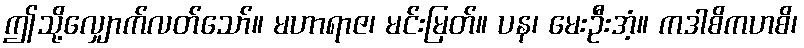
ဤသို့လျှောက်လတ်သော်။ မဟာရာဇ၊ မင်းမြတ်။ ပန၊ မေးဦးအံ့။ ကဒါစိကဟစိ၊